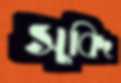
সুবিদ